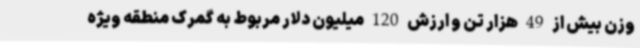
وزن بیش از 49 هزار تن و ارزش 120 میلیون دلار مربوط به گمرک منطقه ویژه